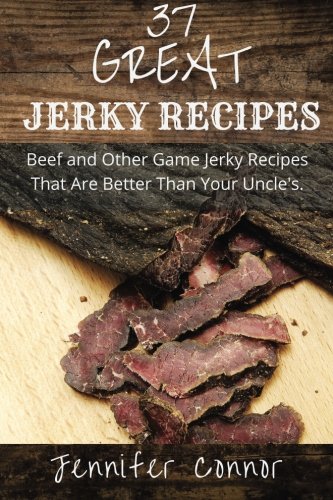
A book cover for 37 Great Jerky Recipes: Beef and Other Game Jerky Recipes That Are Better Than Your Uncle's.; Jennifer Connor; Cookbooks, Food & Wine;